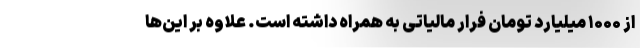
از ۱۰۰۰ میلیارد تومان فرار مالیاتی به همراه داشته است. علاوه بر این‌ها